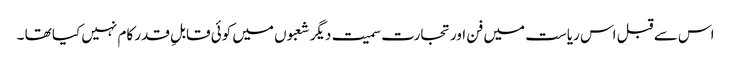
اس سے قبل اس ریاست میں فن اور تجارت سمیت دیگر شعبوں میں کوئی قابلِ قدر کام نہیں کیا تھا ۔